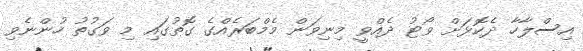
އިސްލާހާ ދެކޮޅަށް ވޯޓު ދެއްވީ މިނިވަން މެމްބަރެއްގެ ގޮތުގައި މި ވަގުތު ހުންނެވި